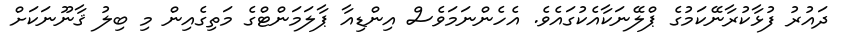
ދައުރު ފުޅާކުރާނޭކަމުގެ ޕްލޭނަކާއެކުގައެވެ. އެހެންނަމަވެސް އިންޑިއާ ޕާލަމަންޓްގެ މަތިގެއިން މި ބިލު ޤާނޫނަކަށް